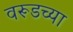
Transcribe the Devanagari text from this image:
वरूडच्या